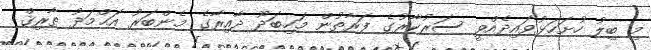
މި ބިލު ހުށަހަޅުވައިދެއްވީ ސަރުކާރުގެ ފަރާތުން މަހިބަދޫ ދާއިރާގެ މެންބަރު އަޙްމަދު ޠާރިޤް